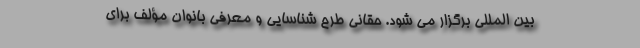
بین المللی برگزار می شود. حقانی طرح شناسایی و معرفی بانوان مؤلف برای